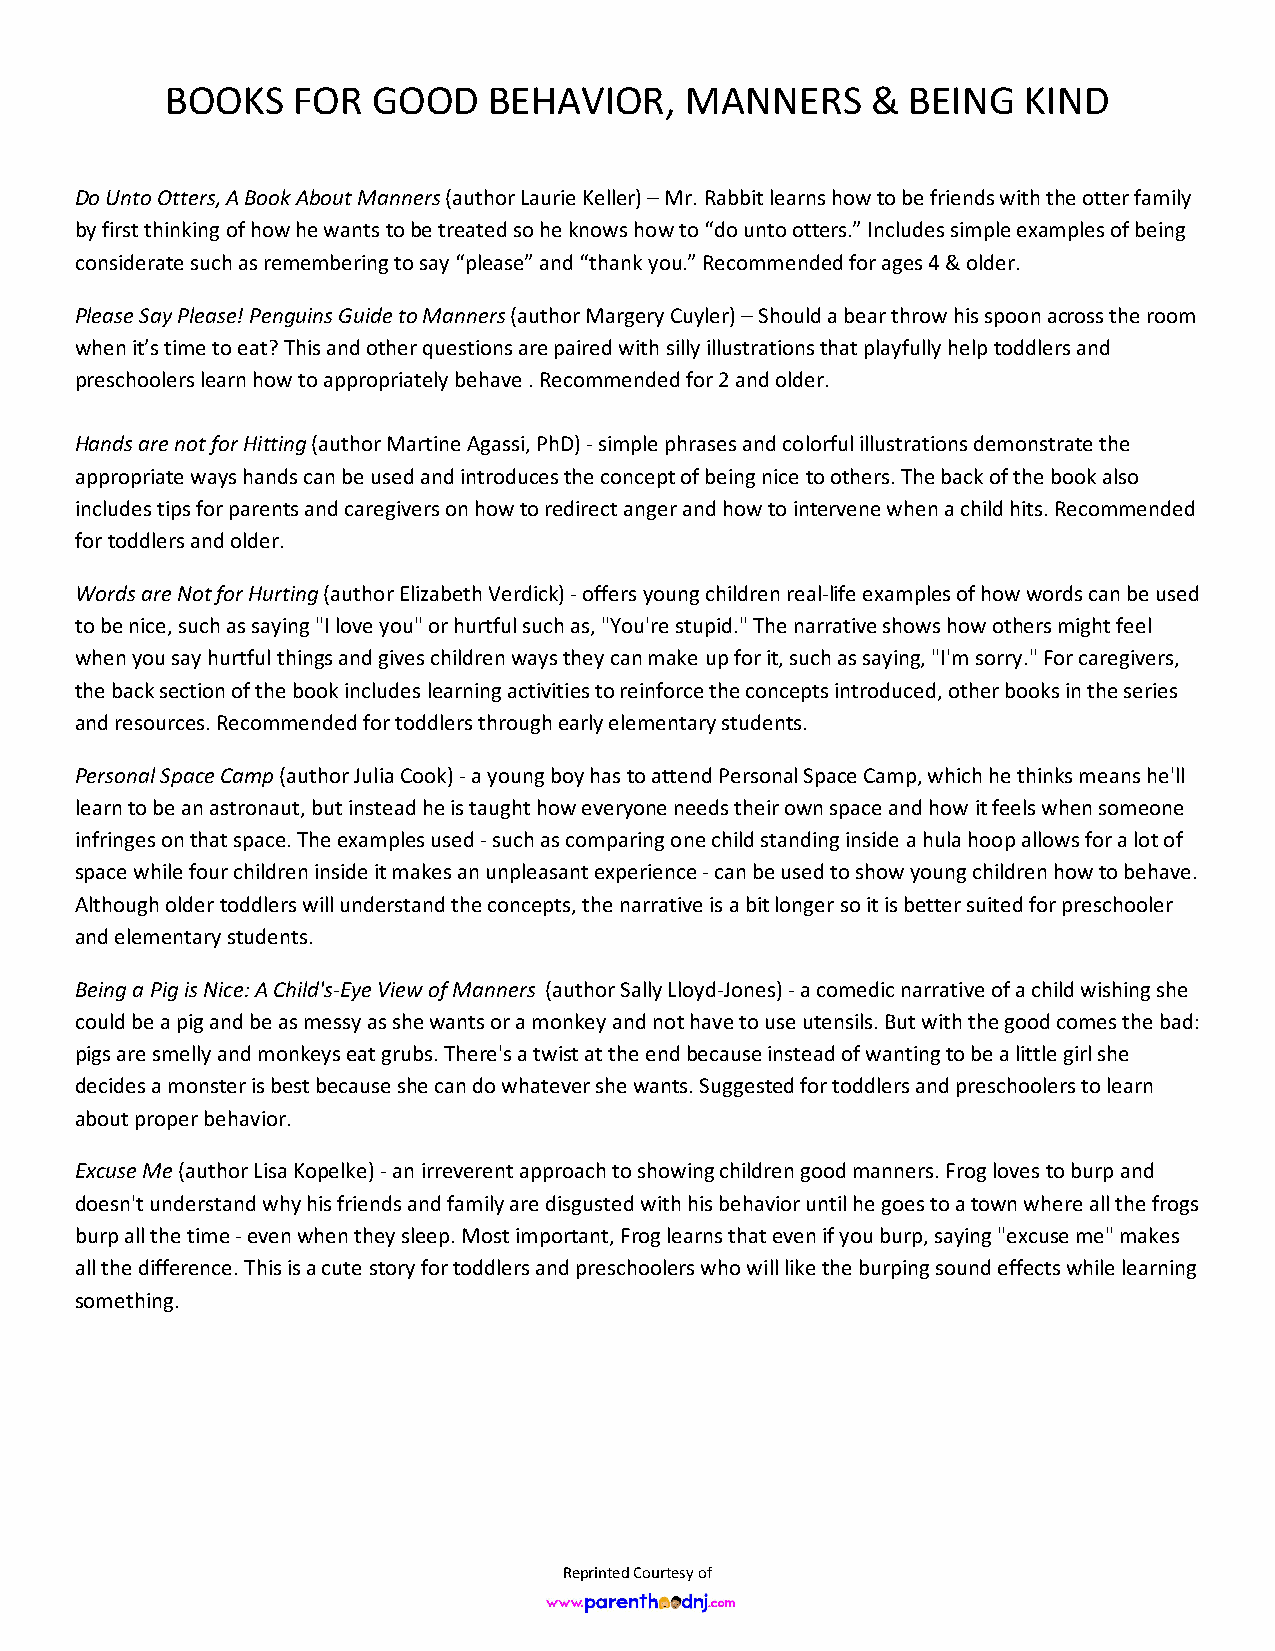
BOOKS   FOR   GOOD   BEHAVIOR,    MANNERS      & BEING   KIND
 Do Unto Otters, A Book About Manners (author Laurie Keller) – Mr. Rabbit learns how to be friends with the otter family
 by first thinking of how he wants to be treated so he knows how to “do unto otters.” Includes simple examples of being
 considerate such as remembering to say “please” and “thank you.” Recommended for ages 4 & older.
 Please Say Please! Penguins Guide to Manners (author Margery Cuyler) – Should a bear throw his spoon across the room
 when it’s time to eat? This and other questions are paired with silly illustrations that playfully help toddlers and
 preschoolers learn how to appropriately behave . Recommended for 2 and older.
 Hands are not for Hitting (author Martine Agassi, PhD) - simple phrases and colorful illustrations demonstrate the
 appropriate ways hands can be used and introduces the concept of being nice to others. The back of the book also
 includes tips for parents and caregivers on how to redirect anger and how to intervene when a child hits. Recommended
 for toddlers and older.
 Words are Not for Hurting (author Elizabeth Verdick) - offers young children real-life examples of how words can be used
 to be nice, such as saying "I love you" or hurtful such as, "You're stupid." The narrative shows how others might feel
 when you say hurtful things and gives children ways they can make up for it, such as saying, "I'm sorry." For caregivers,
 the back section of the book includes learning activities to reinforce the concepts introduced, other books in the series
 and resources. Recommended for toddlers through early elementary students.
 Personal Space Camp (author Julia Cook) - a young boy has to attend Personal Space Camp, which he thinks means he'll
 learn to be an astronaut, but instead he is taught how everyone needs their own space and how it feels when someone
 infringes on that space. The examples used - such as comparing one child standing inside a hula hoop allows for a lot of
 space while four children inside it makes an unpleasant experience - can be used to show young children how to behave.
 Although older toddlers will understand the concepts, the narrative is a bit longer so it is better suited for preschooler
 and elementary students.
 Being a Pig is Nice: A Child's-Eye View of Manners (author Sally Lloyd-Jones) - a comedic narrative of a child wishing she
 could be a pig and be as messy as she wants or a monkey and not have to use utensils. But with the good comes the bad:
 pigs are smelly and monkeys eat grubs. There's a twist at the end because instead of wanting to be a little girl she
 decides a monster is best because she can do whatever she wants. Suggested for toddlers and preschoolers to learn
 about proper behavior.
 Excuse Me (author Lisa Kopelke) - an irreverent approach to showing children good manners. Frog loves to burp and
 doesn't understand why his friends and family are disgusted with his behavior until he goes to a town where all the frogs
 burp all the time - even when they sleep. Most important, Frog learns that even if you burp, saying "excuse me" makes
 all the difference. This is a cute story for toddlers and preschoolers who will like the burping sound effects while learning
 something.
 Reprinted Courtesy of